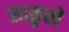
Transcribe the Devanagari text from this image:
साळुखे